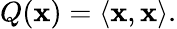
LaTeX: Q(\mathbf{x})=\langle\mathbf{x},\mathbf{x}\rangle.